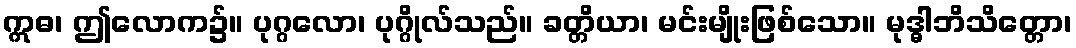
ဣဓ၊ ဤလောက၌။ ပုဂ္ဂလော၊ ပုဂ္ဂိုလ်သည်။ ခတ္တိယာ၊ မင်းမျိုးဖြစ်သော။ မုဒ္ဓါဘိသိတ္တော၊